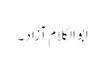
ابوالکلام آزاد ۔